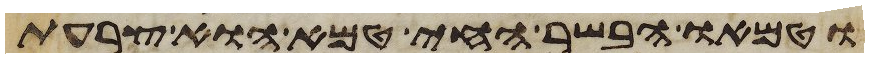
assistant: וטמאו הבשר החי טמא הוא צרעת